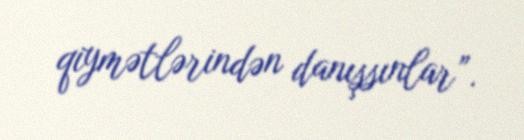
qiymətlərindən danışsınlar”.